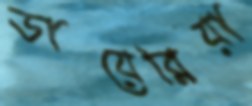
ডায়েরিয়া